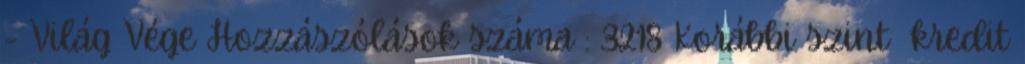
- Világ Vége Hozzászólások száma : 3218 Korábbi szint kredit